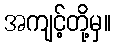
အကျင့်တို့မှ။